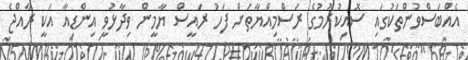
އެއްބަސްވުންތަކުގައި ސޮއިކުރުމުގެ ރަސްމިއްޔާތަށް ފަހު ރައީސް ޔާމީން ވިދާޅުވީ އިންޑިއާ އަކީ ރާއްޖެ